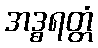
အဒ္ဓရတ္တံ